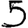
Digit: 5